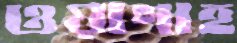
ওয়াগাহ